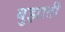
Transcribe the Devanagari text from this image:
बुझाती